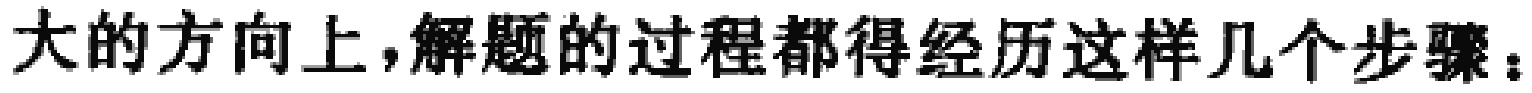
大的方向上，解题的过程都得经历这样几个步骤：